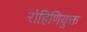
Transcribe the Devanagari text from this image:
रोहिणियुक्त